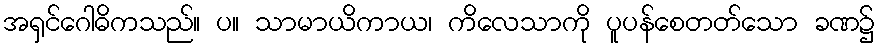
အရှင်ဂေါဓိကသည်။ ပ။ သာမာယိကာယ၊ ကိလေသာကို ပူပန်စေတတ်သော ခဏ၌